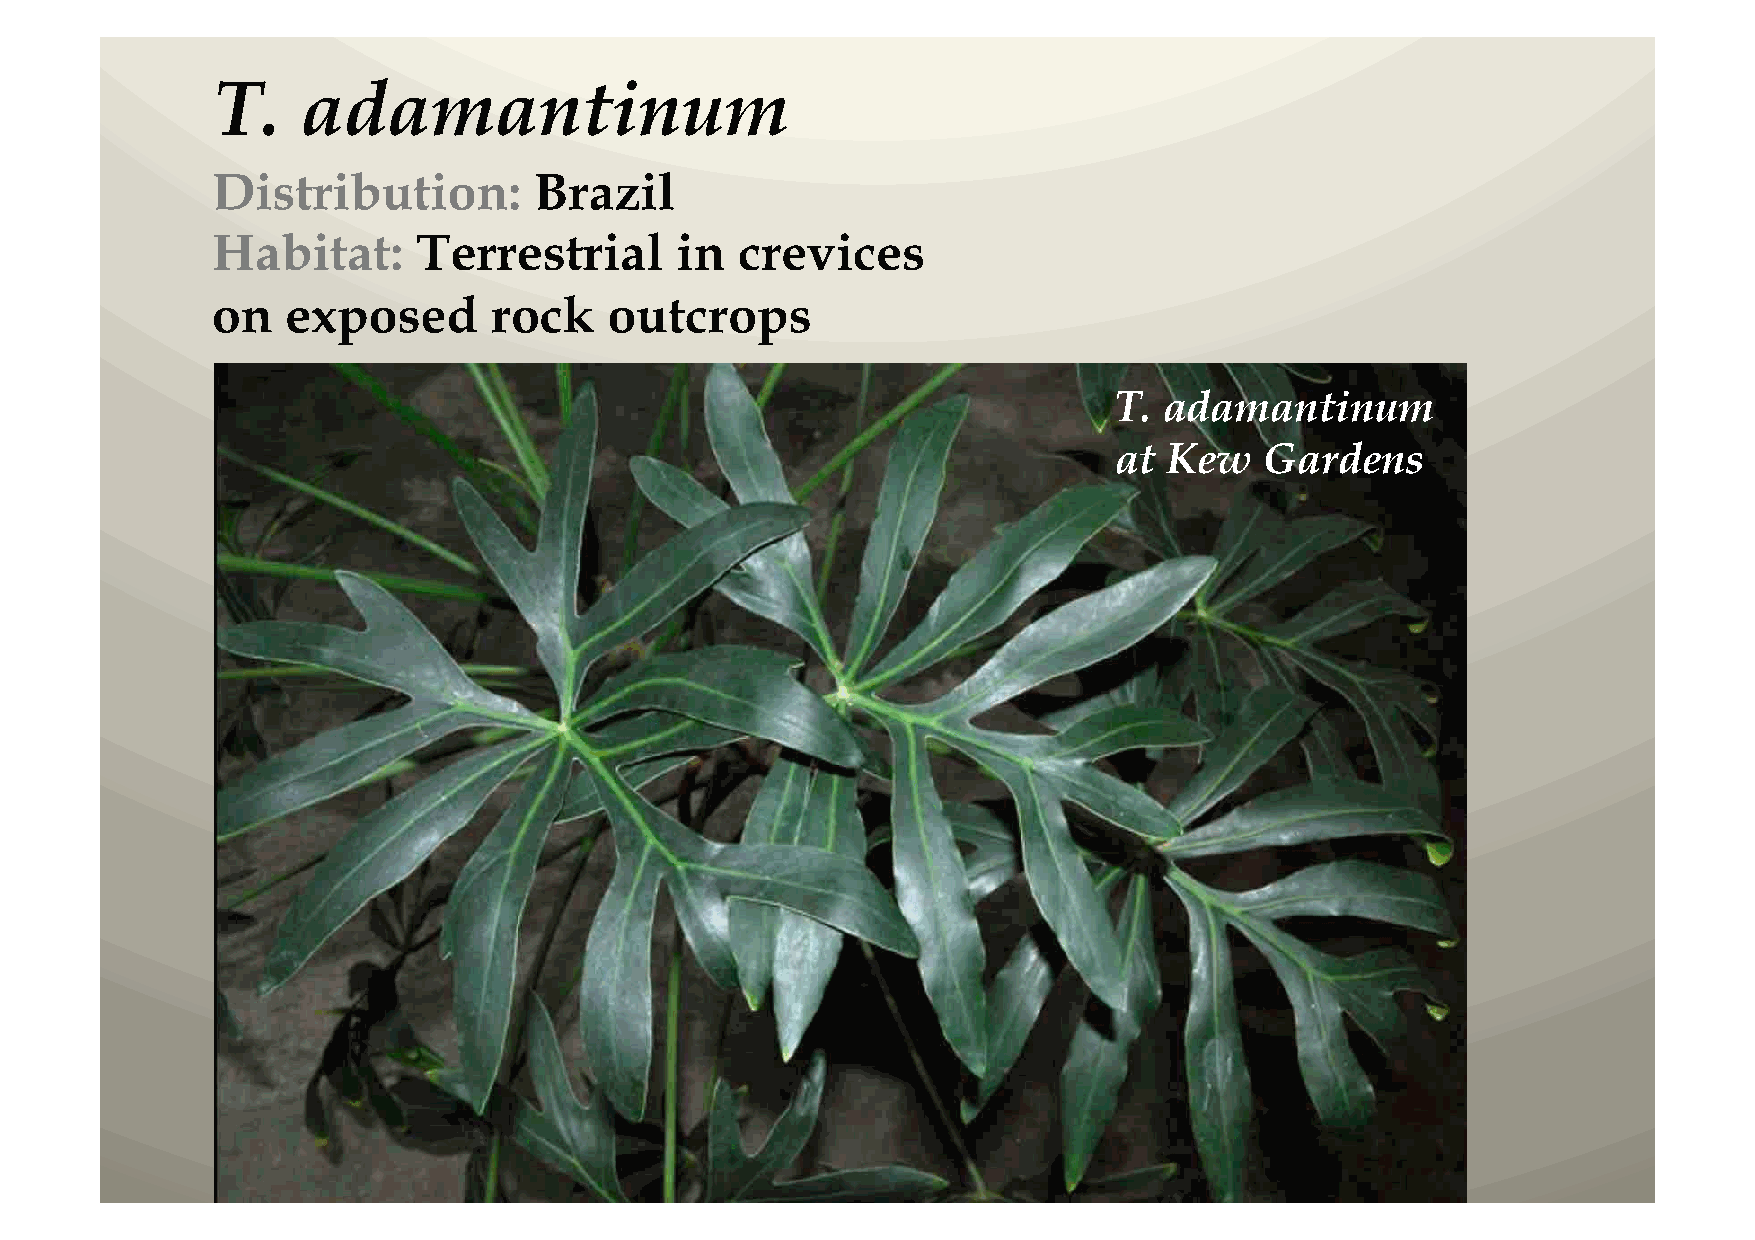
T.    adamantinum
 Distribution:        Brazil
 Habitat:      Terrestrial      in  crevices
 on   exposed      rock    outcrops
 T. adamantinum
 at Kew    Gardens